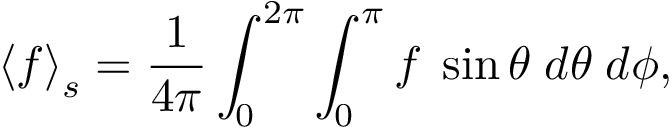
\left\langle f \right\rangle _ { s } = \frac { 1 } { 4 \pi } \int _ { 0 } ^ { 2 \pi } \int _ { 0 } ^ { \pi } f \; \sin { \theta } \; d \theta \; d \phi ,